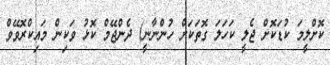
ކޮށްލީމަ ކުޑަކޮށް ޖެލީ ކަހަލަ ގޮތަކަށް ހުންނާނީ) ދެންޖޭމް ކޮޅު ވަކިން މައިކްރޮވޭވް